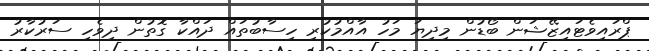
ޕްރައިވެޓައިޒޭޝަން ބޯޑުން މިދިޔަ މަހު އާއްމުކުރި ހިސާބުތައް ދައްކާ ގޮތުން ދިވެހި ސަރުކާރު